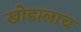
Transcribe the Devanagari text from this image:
खोडालाच